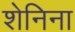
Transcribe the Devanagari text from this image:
शेनिना